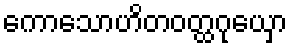
ကောသောဟိတဝတ္ထဂုယှော